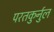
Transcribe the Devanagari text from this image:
परतकुर्नुल